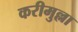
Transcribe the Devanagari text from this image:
करीमुल्ला